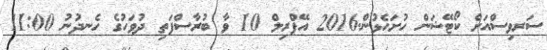
ސަރވިސްއަށް ކޯޓޭޝަން ހުށަހެޅުން.2016 އޭޕްރިލް 10 ވާ ބުރާސްފަތި ދުވަހުގެ ހެނދުނު 11:00